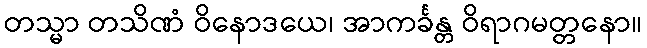
တသ္မာ တသိဏံ ဝိနောဒယေ၊ အာကင်္ခန္တ ဝိရာဂမတ္တနော။